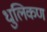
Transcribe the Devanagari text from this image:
धुलिकण